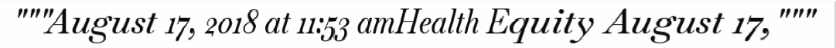
"""August 17, 2018 at 11:53 amHealth Equity August 17,"""